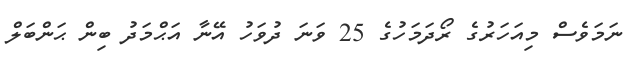
ނަމަވެސް މިއަހަރުގެ ރޯދަމަހުގެ 25 ވަނަ ދުވަހު އޭނާ އަޙްމަދު ބިން ޙަންބަލް